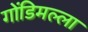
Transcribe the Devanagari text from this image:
गोंडिमल्ला